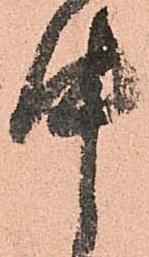
中